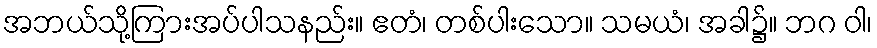
အဘယ်သို့ကြားအပ်ပါသနည်း။ ဧတံ၊ တစ်ပါးသော။ သမယံ၊ အခါ၌။ ဘဂ ဝါ၊